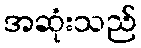
အဆုံးသည်